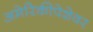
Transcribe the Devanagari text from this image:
अमेरिकीपेशेवर